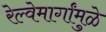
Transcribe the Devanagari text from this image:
रेल्वेमार्गांमुळे